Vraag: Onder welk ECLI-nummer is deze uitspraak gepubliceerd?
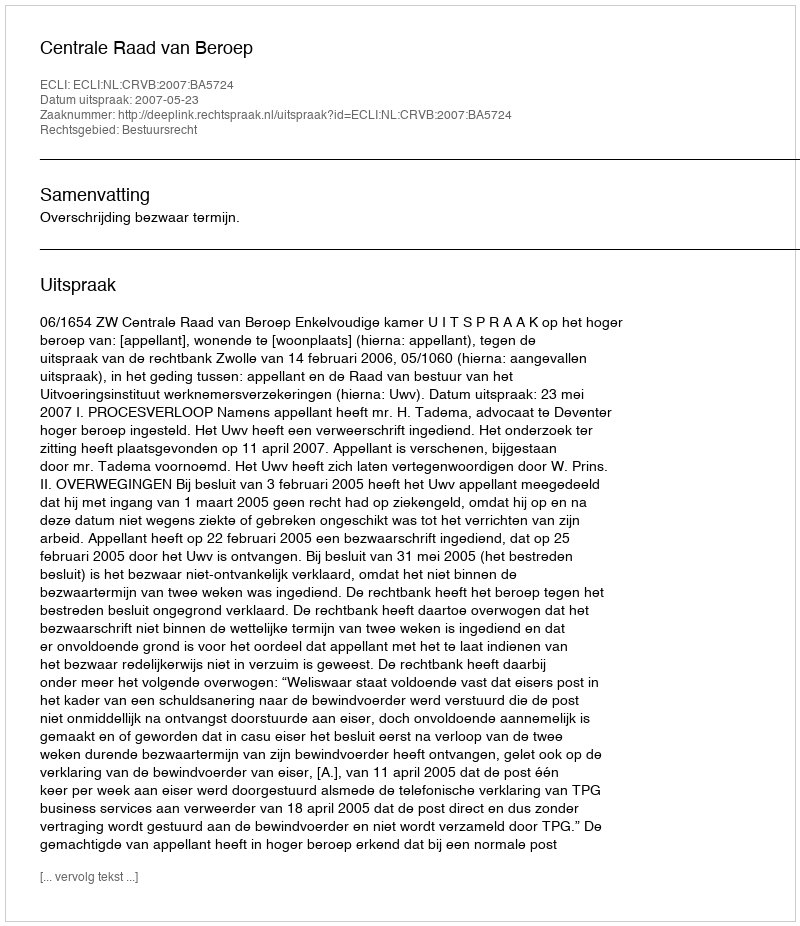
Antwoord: ECLI:NL:CRVB:2007:BA5724